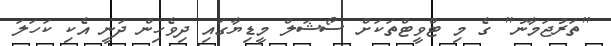
"ތަރުޖަމާނު" ގެ މި ޓްވީޓްތަކަށް ސޯޝަލް މީޑިޔާގައި ދިވެހިން ދަނީ އެކި ކަހަލަ